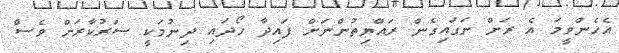
އެހެންވީމަ އެ ރަށް ނަގައިގެން ރައްޔިތުންނަށް ފައިދާ ހޯދައި ދިނުމަކީ ސަރުކާރަށް ވެސް